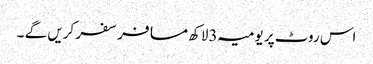
اس روٹ پر یومیہ 3لاکھ مسافر سفر کریں گے ۔